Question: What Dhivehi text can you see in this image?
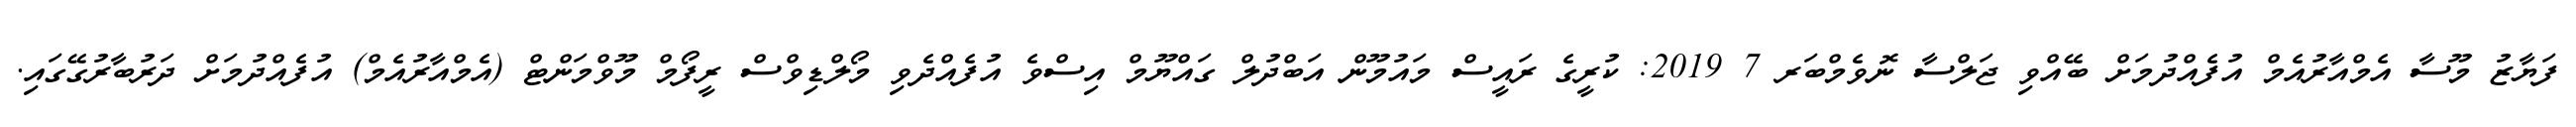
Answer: ފަޔާޒު މޫސާ އެމްއާރުއެމް އުފެއްދުމަށް ބޭއްވި ޖަލްސާ ނޮވެމްބަރ 7 2019: ކުރީގެ ރައީސް މައުމޫން އަބްދުލް ގައްޔޫމް އިސްވެ އުފެއްދެވި މޯލްޑިވްސް ރީފޯމް މޫވްމަންޓް (އެމްއާރުއެމް) އުފެއްދުމަށް ދަރުބާރުގޭގައި.